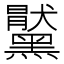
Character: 𪒞